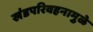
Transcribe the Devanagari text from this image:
खंडपरिवहनामुळे